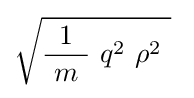
{\sqrt {{\frac {1}{\ m\ }}\ q^{2}\ \rho ^{2}\ }}~